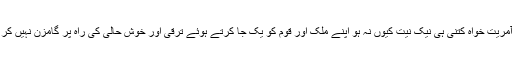
فوجی آمریت خواہ کتنی ہی نیک نیت کیوں نہ ہو اپنے ملک اور قوم کو یک جا کرتے ہوئے ترقی اور خوش حالی کی راہ پر گامزن نہیں کر سکتی۔